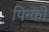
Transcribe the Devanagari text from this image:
पिन्की